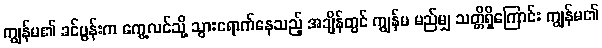
ကျွန်မ၏ ခင်ပွန်းက ကွေ့လင်သို့ သွားရောက်နေသည့် အချိန်တွင် ကျွန်မ မည်မျှ သတ္တိရှိကြောင်း ကျွန်မ၏